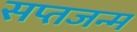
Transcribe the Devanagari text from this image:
सप्तजन्म